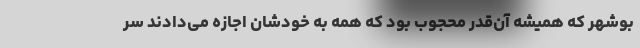
بوشهر که همیشه آن‌قدر محجوب بود که همه به خودشان اجازه می‌دادند سر